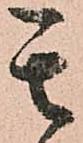
其